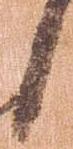
日